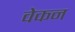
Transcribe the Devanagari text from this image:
वेकन